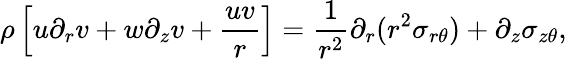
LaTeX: \rho\left[u\partial_{r}{v}+w\partial_{z}{v}+\frac{uv}{r}\right]=\frac{1}{r^{2}}\partial_{r}(r^{2}\sigma_{r\theta})+\partial_{z}\sigma_{z\theta},